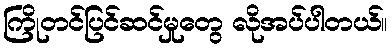
ကြိုတင်ပြင်ဆင်မှုတွေ လိုအပ်ပါတယ်။